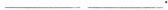
___ ___.